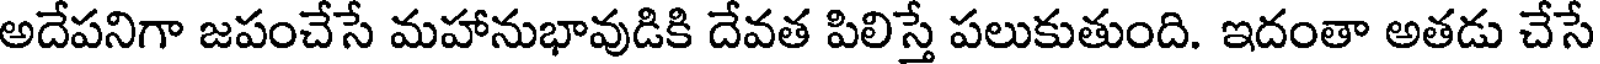
అదేపనిగా జపంచేసే మహానుభావుడికి దేవత పిలిస్తే పలుకుతుంది. ఇదంతా అతడు చేసే